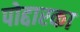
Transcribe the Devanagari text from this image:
पोद्दारका